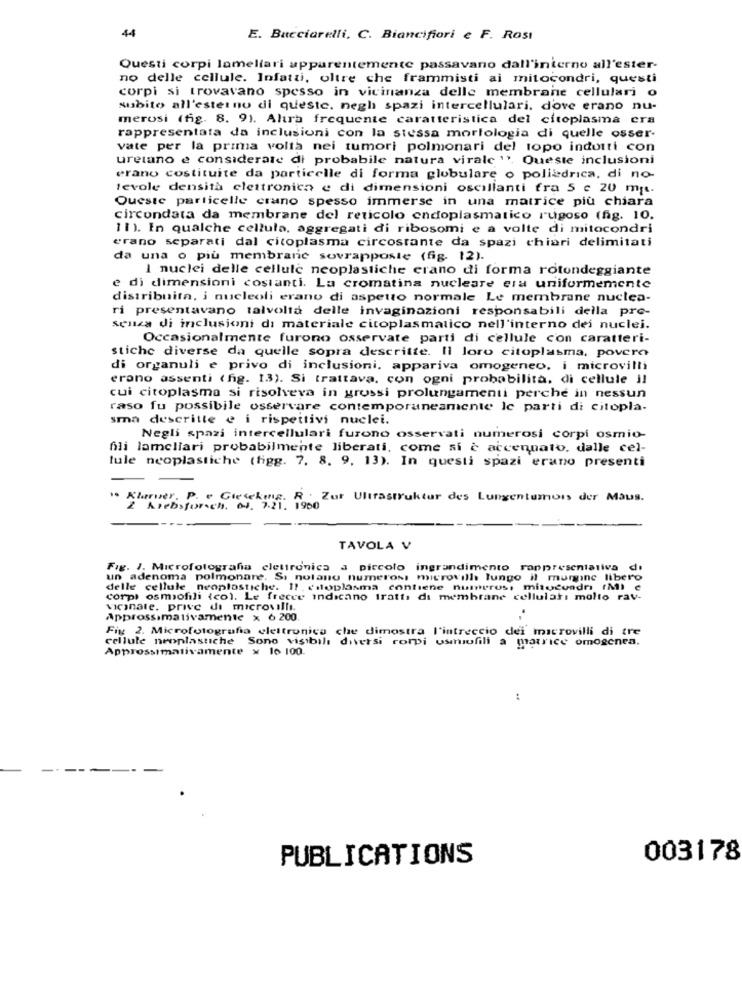
44
E. Bucciarelli, C. Biancifiori e F. Rost
Questi corpi lamellari apparentemente passavano dall'interno all'ester-
no delle cellule. Infatti, oltre che frammisti ai mitocondri, questi
corpi si trovavano spesso in vicinanza delle membrane cellulari o
subito all'esterno di queste. negh spazi intercellulari, dove erano nu-
merosi (fig. 8. 9). Alıra frequente caratteristica del citoplasma era
rappresentata da inclusioni con la stessa morfologia di quelle osser-
vate per la prima volta nei tumori polmonari del topo indotti con
uretano e considerate di probabile natura virale ". Queste inclusioni
erano costituite da particelle di forma globulare o poliedrica, di no-
tevole densità elettronica e di dimensioni oscillanti fra 5 c 20 mpt.
Queste particelle crano spesso immerse in una matrice più chiara
circondata da membrane del reticolo endoplasmatico rugoso (fig. 10.
11). In qualche cellula, aggregati di ribosomi e a volte di mitocondri
erano separati dal citoplasma circostante da spazi chiari delimitati
da una o più membrane sovrapposte (fig. 12).
I nuclei delle cellule neoplastiche erano di forma rotondeggiante
e di dimensioni costanti. La cromatina nucleare era uniformemente
distribuita, i nucleoli erano di aspetto normale Le membrane nuclea-
ri presentavano talvolta delle invaginazioni responsabili della pro-
senza di inclusioni di materiale citoplasmatico nell'interno dei nuclei.
Occasionalmente furono osservate parti di cellule con caratteri-
stiche diverse da quelle sopra descritte. Il loro citoplasma. povero
di organuli e privo di inclusioni. appariva omogeneo, i microvilli
erano assenti ( fig. 13). Si trattava, con ogni probabilità, di cellule il
cui citoplasma si risolveva in grossi prolungamenti perché in nessun
raso fu possibile osservare contemporaneamente le parti di citopla.
sma descritte e i rispettivi nuclei.
Negli spazi intercellulari furono osservati numerosi corpi osmio-
fili lamellari probabilmente liberati, come si è accennato, dalle cel-
tule neoplastiche (figg. 7. 8. 9. 13). In questi spazi erano presenti
Klarver. P. - Gieseking. R. Zur Ultrastruktur des Lungentumors der Maus.
2 Arebistorach. 00. 7.21. 1900
TAVOLA V
Fig. J. Microfotografia elettronica a piccolo ingrandimento rappresentativa di
un adenoma polmonare. Si notano numerosi microvill lungo il margine libero
delle cellule neoplastiche. Il ddoplasma contiene numeros, misocuadri IMI e
corpi osmofili (co). Le frecce indicano tratta di membrane cellulari molto rav-
vicinale. prive di microvilli.
.
Approssimativamente x 6 200
Fig 2. Microfotografia elettronica che dimostra l'intreccio dei microvilli di tre
cellule neoplastiche Sono visibili diversi rorpi usmofili a matrice omogenea.
Approssimativamente x 10 100.
PUBLICATIONS
003178